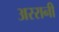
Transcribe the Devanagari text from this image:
अररानी